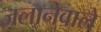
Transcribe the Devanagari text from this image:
जलानेवाले